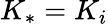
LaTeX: K_{*}=K_{i}